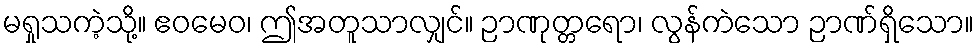
မရှုသကဲ့သို့။ ဧဝမေဝ၊ ဤအတူသာလျှင်။ ဉာဏုတ္တရော၊ လွန်ကဲသော ဉာဏ်ရှိသော။